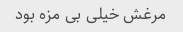
مرغش خیلی بی مزه بود